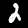
Label: 2